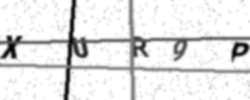
Text: XUR9P